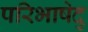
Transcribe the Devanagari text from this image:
परिभाषेदु